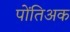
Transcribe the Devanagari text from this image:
पोंतिअक